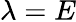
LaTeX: \lambda=E